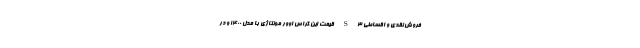
فروش نقدی و اقساطی S3 قیمت این کراس اوور مونتاژی با مدل ۱۴۰۰ و در